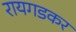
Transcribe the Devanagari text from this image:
रायगडकर